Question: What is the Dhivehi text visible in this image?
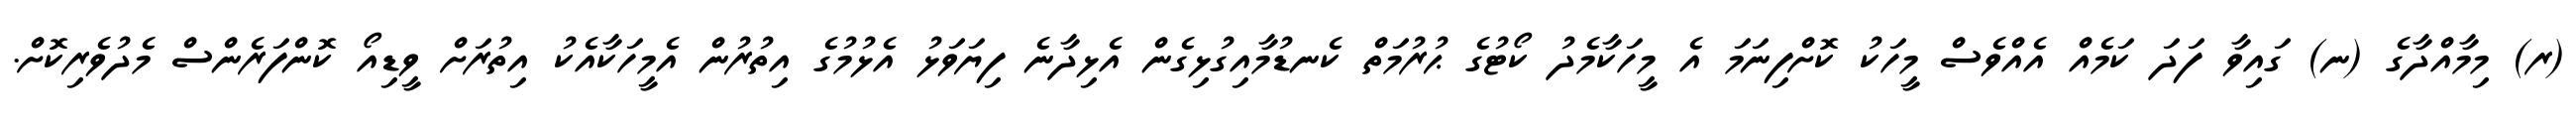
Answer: (ރ) މިމާއްދާގެ (ނ) ގައިވާ ފަދަ ކަމެއް އެއްވެސް މީހަކު ކޮށްފިނަމަ އެ މީހަކާމެދު ކޯޓުގެ ޙުރުމަތް ކެނޑުމާއިގުޅިގެން އެޅިދާނެ ފިޔަވަޅު އެޅުމުގެ އިތުރުން އެމީހަކާއެކު އިތުރަށް ވީޑިއޯ ކޮންފަރެންސް މެދުވެރިކޮށް.